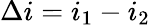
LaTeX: \Delta i=i_{1}-i_{2}